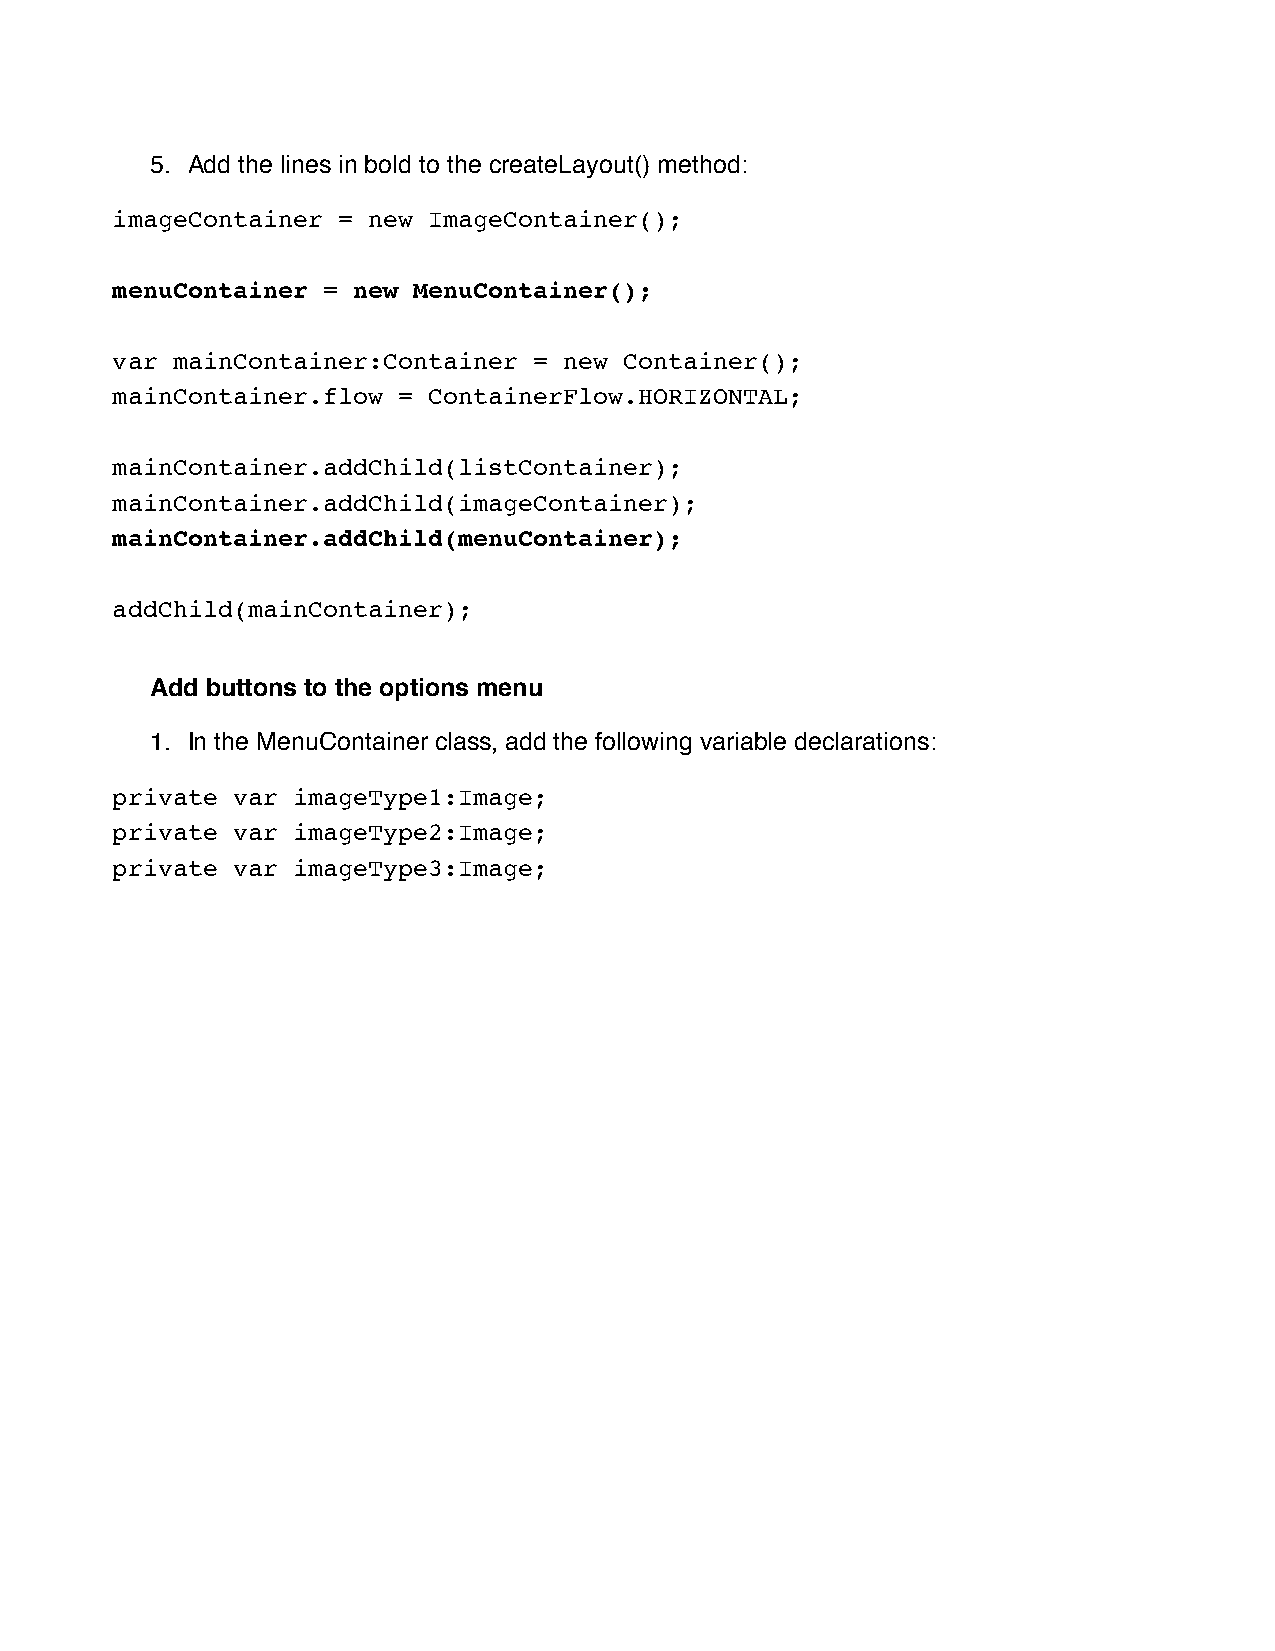
5. Add the lines in bold to the createLayout() method:
 imageContainer = new ImageContainer();
 menuContainer = new MenuContainer();
 var mainContainer:Container = new Container();
 mainContainer.flow = ContainerFlow.HORIZONTAL;
 mainContainer.addChild(listContainer);
 mainContainer.addChild(imageContainer);
 mainContainer.addChild(menuContainer);
 addChild(mainContainer);
 Add buttons to the options menu
 1. In the MenuContainer class, add the following variable declarations:
 private var imageType1:Image;
 private var imageType2:Image;
 private var imageType3:Image;